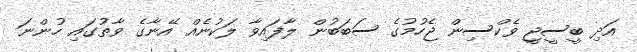
އަދި ބީސީޖީ ވެކްސިން ޖެހުމުގެ ސަބަބުން ލާފައިވާ ލަކުނެއް އޭނާގެ ވާތުގައި ހުންނަ